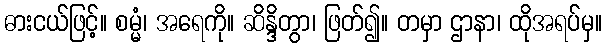
ဓားငယ်ဖြင့်။ စမ္မံ၊ အရေကို။ ဆိန္ဒိတွာ၊ ဖြတ်၍။ တမှာ ဌာနာ၊ ထိုအရပ်မှ။